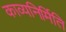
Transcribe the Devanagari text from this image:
काव्यनिर्मिति